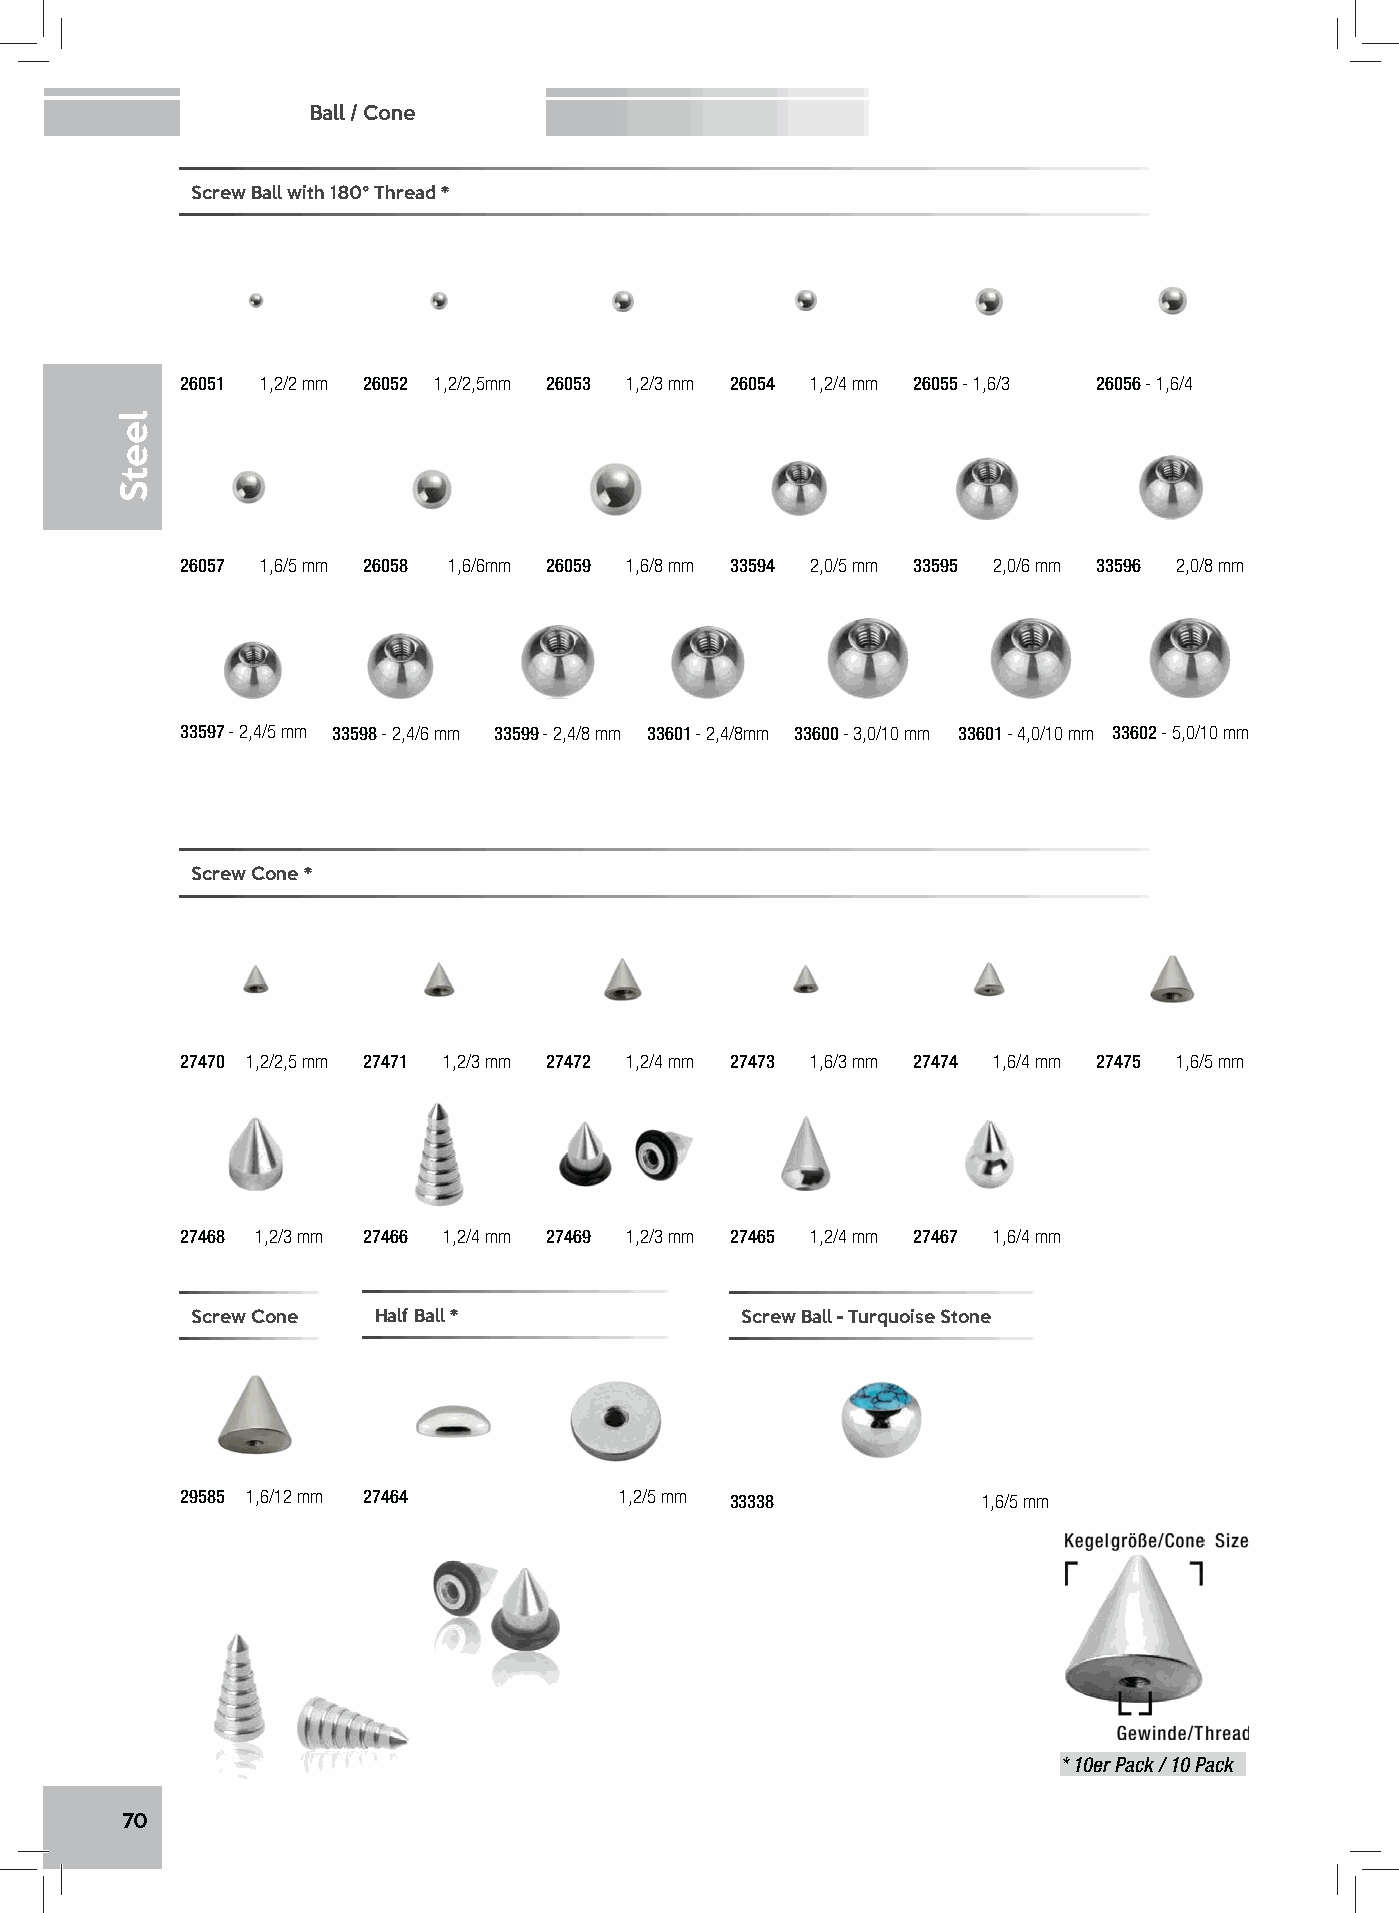
Ball / Cone
 Screw Ball with 180° Thread *
 26051 1,2/2 mm 26052 1,2/2,5mm 26053 1,2/3 mm 26054 1,2/4 mm 26055 - 1,6/3 26056 - 1,6/4
 26057 1,6/5 mm 26058 1,6/6mm 26059 1,6/8 mm 33594 2,0/5 mm 33595 2,0/6 mm 33596 2,0/8 mm
 33597 - 2,4/5 mm 33598 - 2,4/6 mm 33599 - 2,4/8 mm 33601 - 2,4/8mm 33600 - 3,0/10 mm 33601 - 4,0/10 mm 33602 - 5,0/10 mm
 Screw Cone *
 27470 1,2/2,5 mm 27471 1,2/3 mm 27472 1,2/4 mm 27473 1,6/3 mm 27474 1,6/4 mm 27475 1,6/5 mm
 27468 1,2/3 mm 27466 1,2/4 mm 27469 1,2/3 mm 27465 1,2/4 mm 27467 1,6/4 mm
 Screw Cone  Half Ball *             Screw Ball - Turquoise Stone
 29585 1,6/12 mm 27464        1,2/5 mm 33338          1,6/5 mm
 * 10er Pack / 10 Pack
 70
 leetS